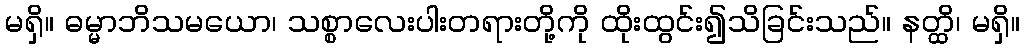
မရှိ။ ဓမ္မာဘိသမယော၊ သစ္စာလေးပါးတရားတို့ကို ထိုးထွင်း၍သိခြင်းသည်။ နတ္ထိ၊ မရှိ။